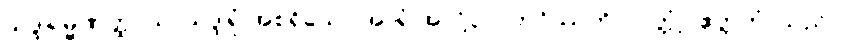
သဒ္ဒါရမ္မဏတ္ထာယ၊ သဒ္ဒါရုံ အစရှိသော အာရုံ အလို့ငှာ။ ဘဝိဿတိ၊ လတ္တံ့။ ဧတ္တကံ၊ သည်။